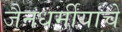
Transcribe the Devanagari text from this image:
जैनधर्मीयांचे